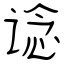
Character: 谂